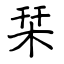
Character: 栞